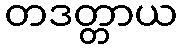
တဒတ္တာယ